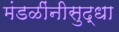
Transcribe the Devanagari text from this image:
मंडळींनीसुद्धा